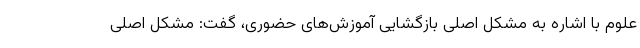
علوم با اشاره به مشکل اصلی بازگشایی آموزش‌های حضوری، گفت: مشکل اصلی